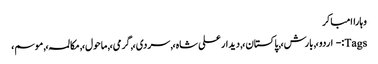
وہاراامباکر
Tags:- اردو،, بارش،, پاکستان،, دیدار علی شاہ،, سردی،, گرمی،, ماحول،, مکالمہ،, موسم،